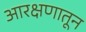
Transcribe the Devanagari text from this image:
आरक्षणातून